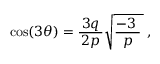
\cos ( 3 \theta ) = { \frac { \, 3 q \, } { 2 p } } { \sqrt { { \frac { - 3 \; } { p } } \, } } \; ,